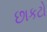
છાકટો